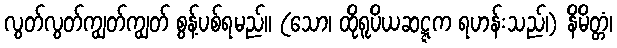
လွတ်လွတ်ကျွတ်ကျွတ် စွန့်ပစ်ရမည်။ (သော၊ ထိုရူပိယဆဋ္ဋက ရဟန်းသည်၊) နိမိတ္တံ၊